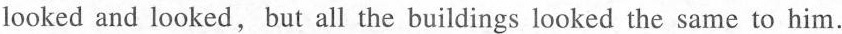
looked and looked,but all the buildings looked the same to him.